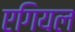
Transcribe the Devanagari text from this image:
एगियल